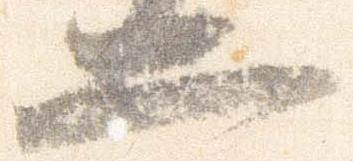
二